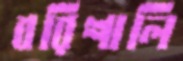
বরিশালি